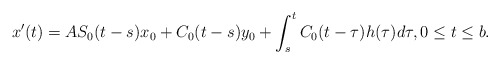
\begin{gather*}x'(t)=AS_0(t-s)x_0+C_0(t-s)y_0+\int_s^t C_0(t-\tau)h(\tau)d\tau, 0\le t \le b.\end{gather*}